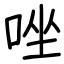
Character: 唑